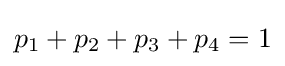
p_{1}+p_{2}+p_{3}+p_{4}=1